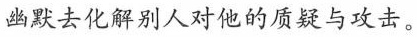
幽默去化解别人对他的质疑与攻击。